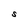
Character: S